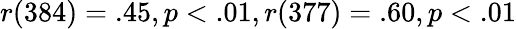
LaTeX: r(384)=.45,p<.01,r(377)=.60,p<.01